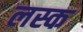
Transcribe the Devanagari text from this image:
लस्क